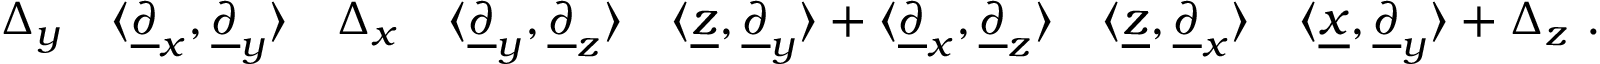
\Delta _ { y } \quad \langle \underline { { \partial } } _ { x } , \underline { { \partial } } _ { y } \rangle \quad \Delta _ { x } \quad \langle \underline { { \partial } } _ { y } , \underline { { \partial } } _ { z } \rangle \quad \langle \underline { { z } } , \underline { { \partial } } _ { y } \rangle + \langle \underline { { \partial } } _ { x } , \underline { { \partial } } _ { z } \rangle \quad \langle \underline { { z } } , \underline { { \partial } } _ { x } \rangle \quad \langle \underline { { x } } , \underline { { \partial } } _ { y } \rangle + \Delta _ { z } \ .